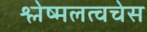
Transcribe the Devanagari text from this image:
श्लेष्मलत्वचेस